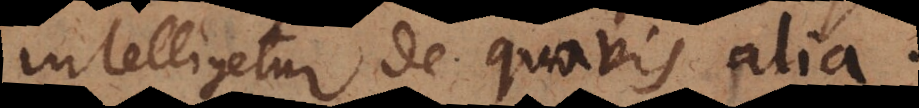
intelligetur de quavis alia.